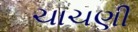
ચાચણી